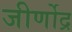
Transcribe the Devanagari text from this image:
जीर्णोद्र